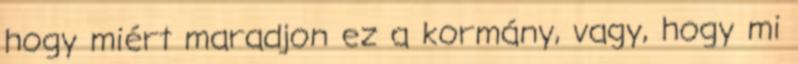
hogy miért maradjon ez a kormány, vagy, hogy mi